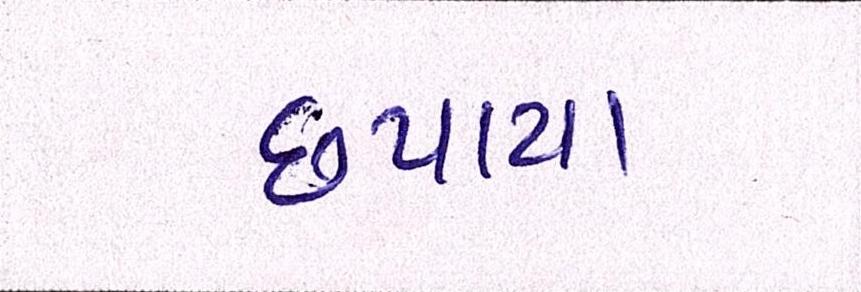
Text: છપાયા